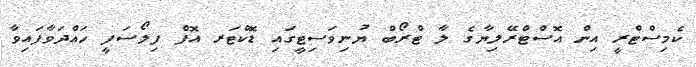
ކެމިސްޓްރީ އިން އޮސްޓްރޭލިޔާގެ ލާ ޓްރޯބް ޔުނިވަސިޓީގައި ޑޮކްޓަރ އޮފް ފިލޯސަފީ ހައްދަވާފައިވާ